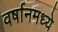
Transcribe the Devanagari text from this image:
वर्षानमध्ये